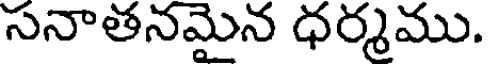
సనాతనమైన ధర్మము.